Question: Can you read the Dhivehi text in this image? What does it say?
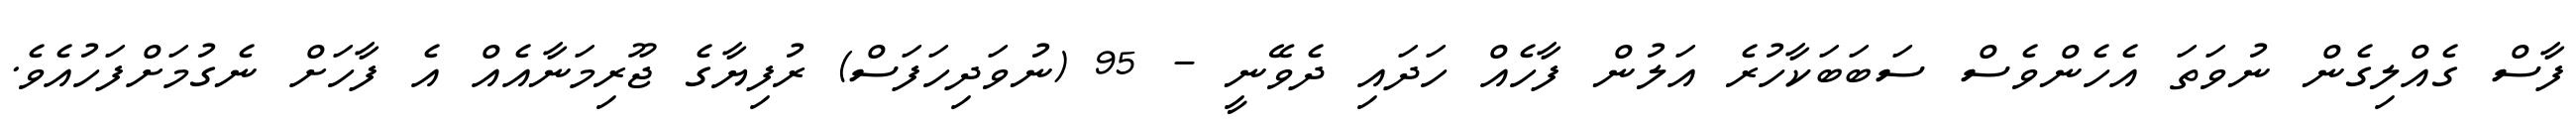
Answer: ފާސް ގެއްލިގެން ނުވަތަ އެހެންވެސް ސަބަބަކާހުރެ އަލުން ފާހެއް ހަދައި ދެވޭނީ - 95 (ނުވަދިހަފަސް) ރުފިޔާގެ ޖޫރިމަނާއެއް އެ ފާހަށް ނެގުމަށްފަހުއެވެ.